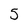
Character: 3